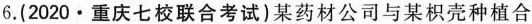
6.(2020·重庆七校联合考试)某药材公司与某枳壳种植合